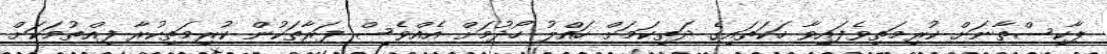
ޕާކިސްތާނަށް ކުރިމަތިވެފައިވާ ހަކަތައިގެ ދަތިކަމަށް ހައްލު ހޯދުމަށް އެއްވެސް ފަރާތަކުން ކުރިމަތިކުރާ ފިއްތުމަކަށް